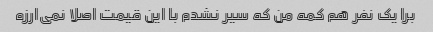
برا یک نفر هم کمه من که سیر نشدم با این قیمت اصلا نمی‌ارزه